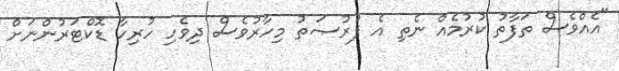
"އެއްވެސް ތަފާތު ކުރުމެއް ނެތި އެ ފުރުޞަތު މިހާރުވެސް ދިވެހި ހުރިހާ ޑޮކްޓަރުންނަށް